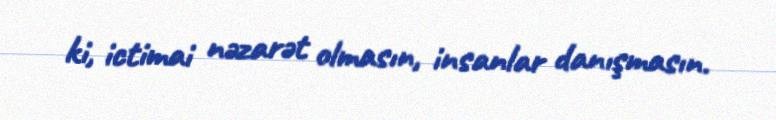
ki, ictimai nəzarət olmasın, insanlar danışmasın.